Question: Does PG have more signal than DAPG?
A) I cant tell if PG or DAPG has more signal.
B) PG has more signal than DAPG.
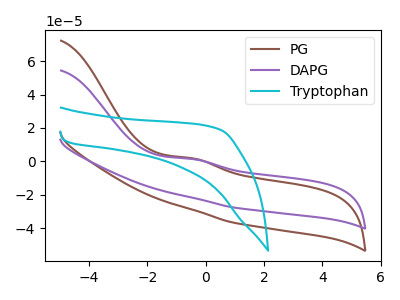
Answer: <think>The brown curve "PG" has an anodic peak at: (-0.45V, 1.80uA). The purple curve "DAPG" has an anodic peak at: (-0.45V, 1.35uA). The cyan curve "Tryptophan" has no peaks.
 All the peaks in "PG" have a peak in "DAPG" at the same potential. Every peak in "PG" is higher than every peak in "DAPG".</think>
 <answer>B) "PG" has more signal than "DAPG".</answer>
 <eval>B</eval>